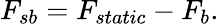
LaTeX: F_{sb}=F_{static}-F_{b}.